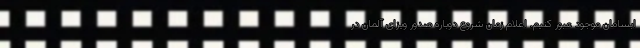
ابسامان موجود عبور کنیم. اعلام زمان شروع دوباره صدور ویزای آلمان در